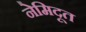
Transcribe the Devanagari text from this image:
नेमिदूत